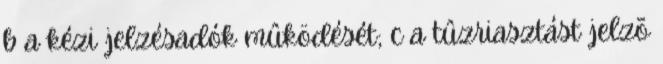
b a kézi jelzésadók mûködését; c a tûzriasztást jelzõ